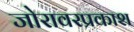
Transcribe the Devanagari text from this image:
जोरावरप्रकाश